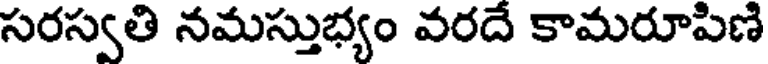
సరస్వతి నమస్తుభ్యం వరదే కామరూపిణి